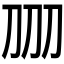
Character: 𱐕